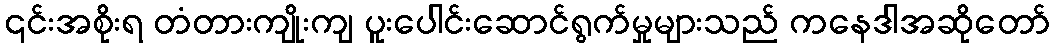
၎င်းအစိုးရ တံတားကျိုးကျ ပူးပေါင်းဆောင်ရွက်မှုများသည် ကနေဒါအဆိုတော်